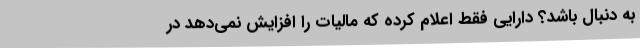
به دنبال باشد؟ دارایی فقط اعلام کرده که مالیات را افزایش نمی‌دهد در